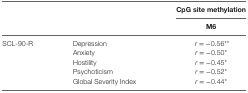
<table><thead><tr><td></td><td></td><td><b>CpG site methylation</b></td></tr><tr><td></td><td></td><td><b>M6</b></td></tr></thead><tbody><tr><td>SCL-90-R</td><td>Depression</td><td><i>r</i> = −0.56**</td></tr><tr><td></td><td>Anxiety</td><td><i>r</i> = −0.50*</td></tr><tr><td></td><td>Hostility</td><td><i>r</i> = −0.45*</td></tr><tr><td></td><td>Psychoticism</td><td><i>r</i> = −0.52*</td></tr><tr><td></td><td>Global Severity Index</td><td><i>r</i> = −0.44*</td></tr></tbody></table>